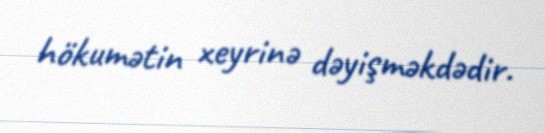
hökumətin xeyrinə dəyişməkdədir.